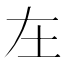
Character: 𡉄